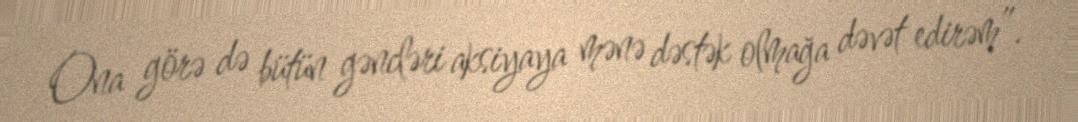
Ona görə də bütün gəncləri aksiyaya mənə dəstək olmağa dəvət edirəm”.